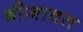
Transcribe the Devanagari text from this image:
बीजावत